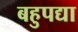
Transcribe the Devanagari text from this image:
बहुपद्या